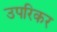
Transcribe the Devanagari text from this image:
उपरिकर